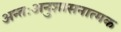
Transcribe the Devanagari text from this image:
अन्तःअनुशासनात्मक